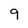
Character: 9